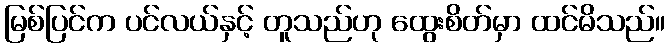
မြစ်ပြင်က ပင်လယ်နှင့် တူသည်ဟု ထွေးစိတ်မှာ ထင်မိသည်။